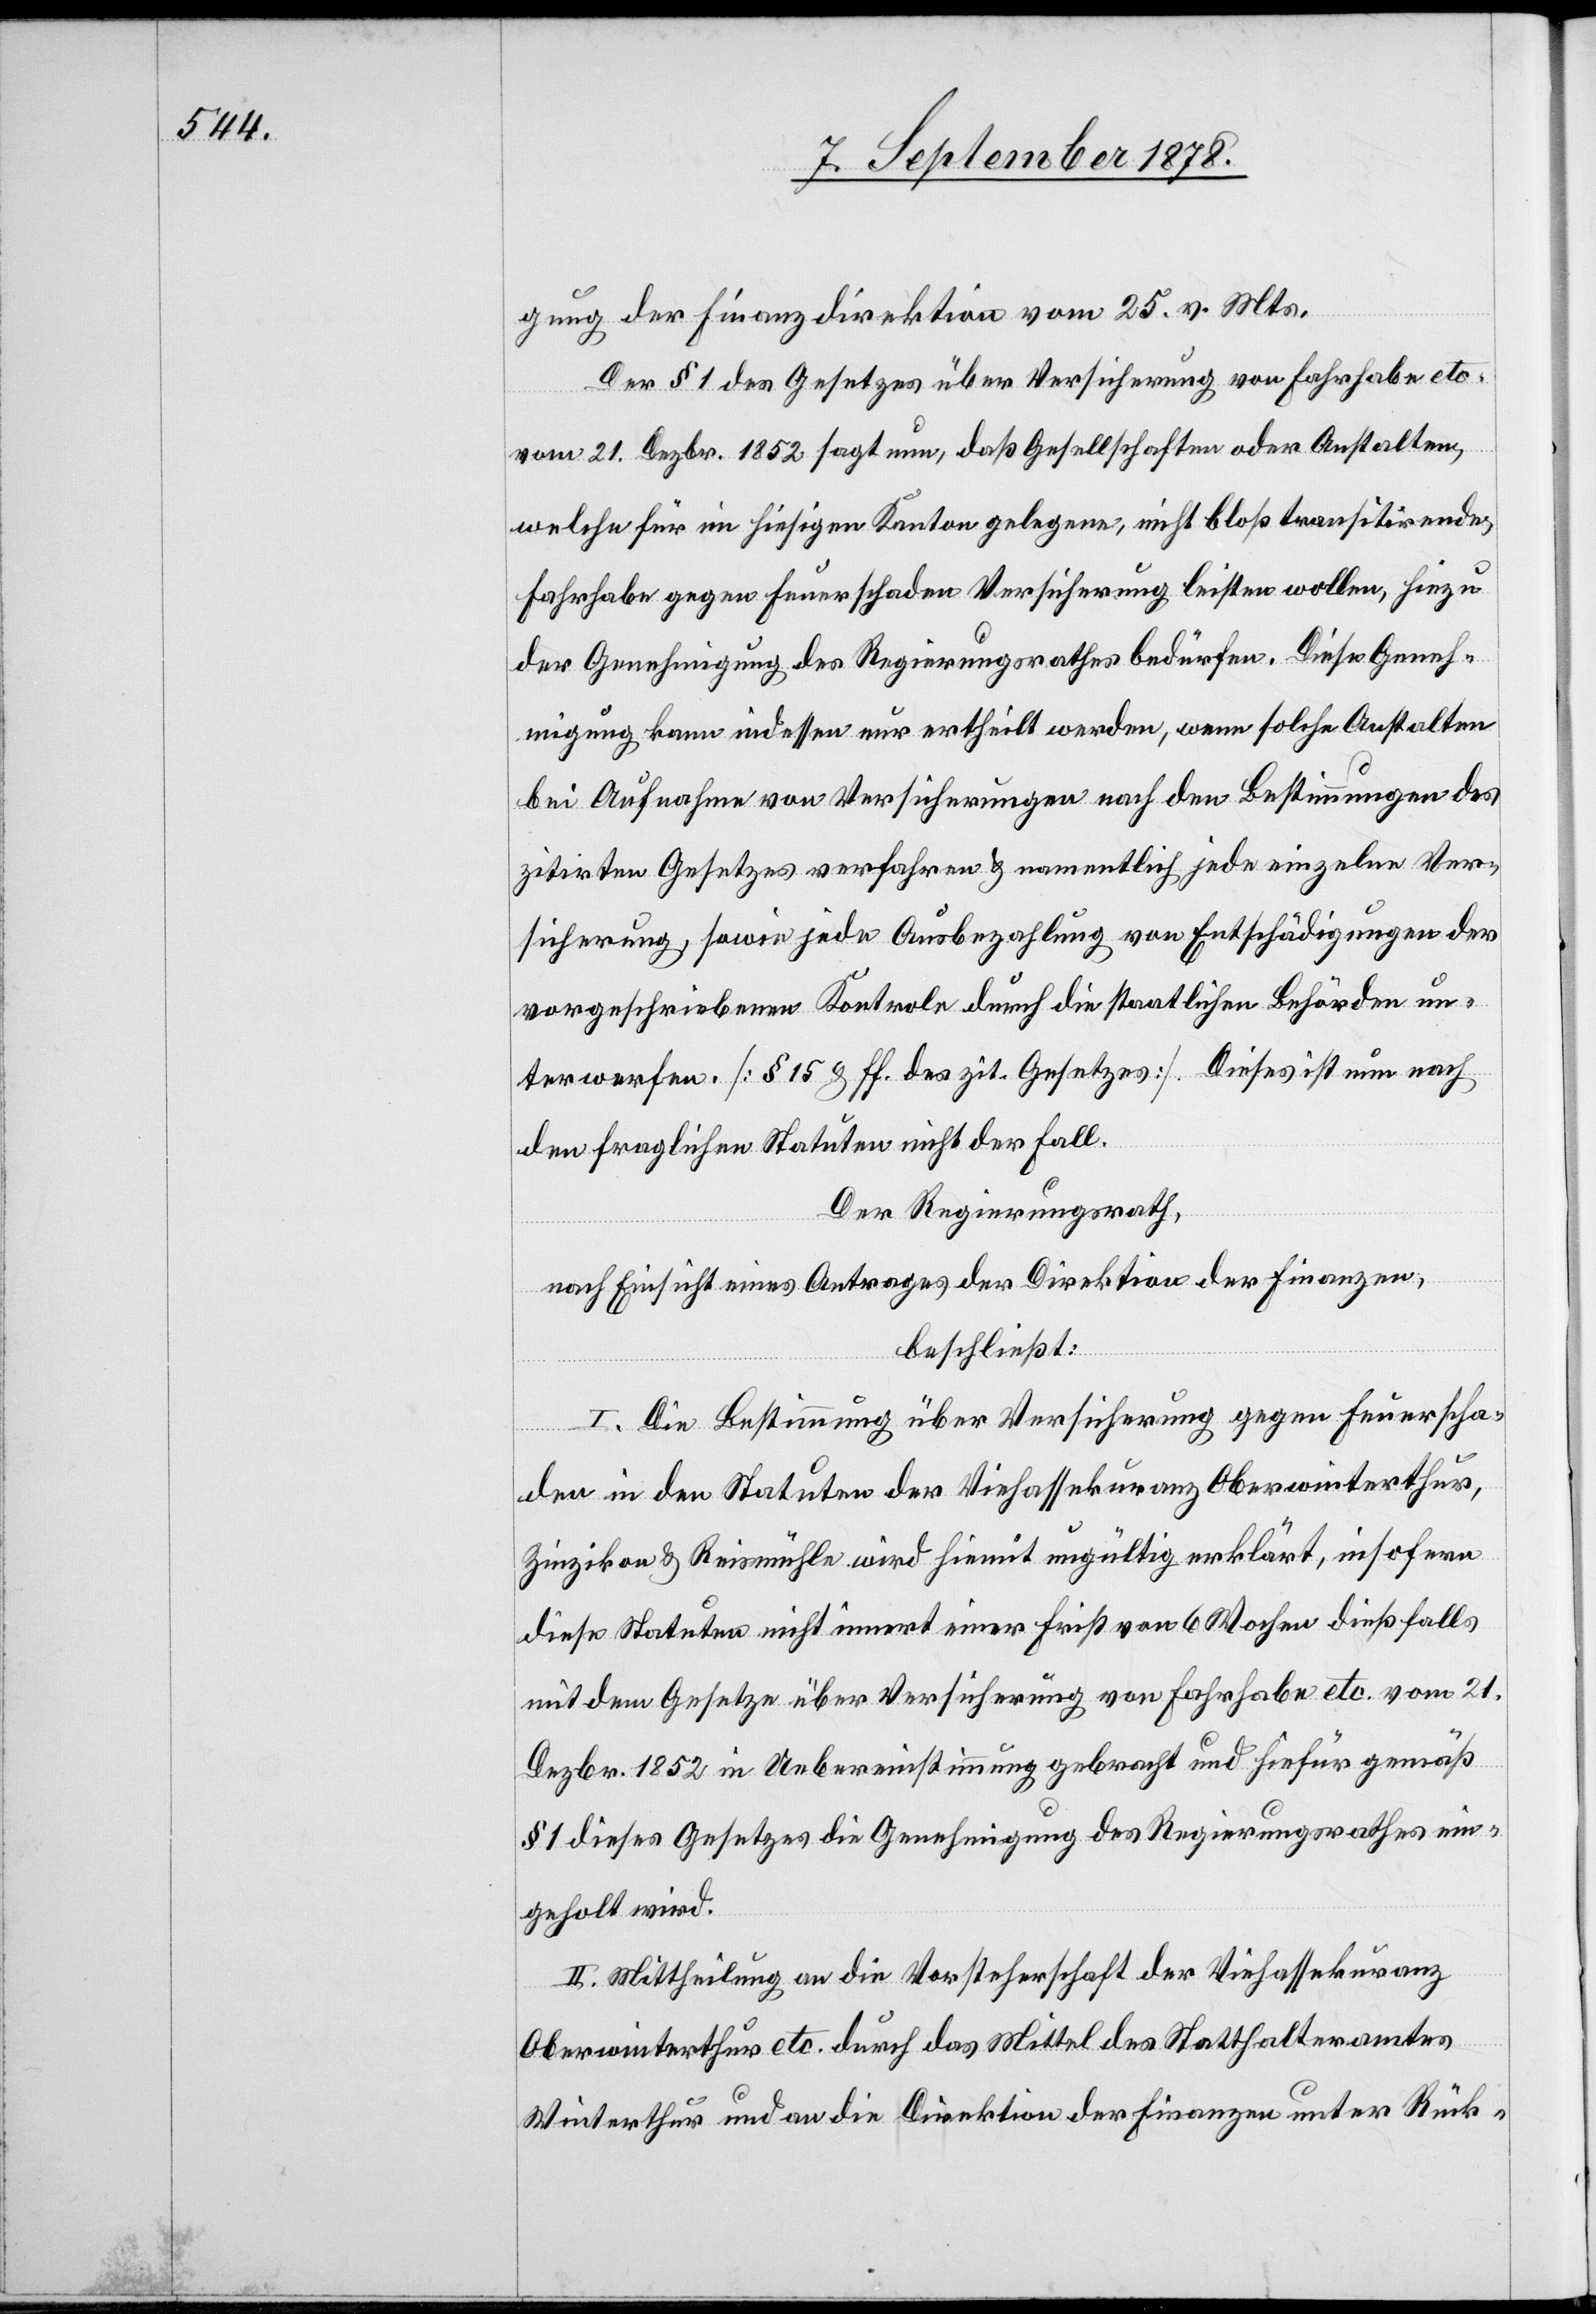
gung der Finanzdirektion vom 25. v. Mts.
Der § 1 des Gesetzes über Versicherung von Fahrhabe etc.
vom 21. Dezbr. 1852 sagt nun, daß Gesellschaften oder Anstalten,
welche für im hiesigen Kanton gelegene, nicht bloß transitirende
Fahrhabe gegen Feuerschaden Versicherung leisten wollen, hiezu
der Genehmigung des Regierungsrathes bedürfen. Diese Geneh¬
migung kann indessen nur ertheilt werden, wenn solche Anstalten
bei Aufnahme von Versicherungen nach den Bestimmungen des
zitirten Gesetzes verfahren & namentlich jede einzelne Ver¬
sicherung, sowie jede Ausbezahlung von Entschädigungen der
vorgeschriebenen Kontrole durch die staatlichen Behörden un¬
terwerfen. [§ 15 & ff. des zit. Gesetzes]. Dieses ist nun nach
den fraglichen Statuten nicht der Fall.
Der Regierungsrath,
nach Einsicht eines Antrages der Direktion der Finanzen,
beschließt:
I. Die Bestimmung über Versicherung gegen Feuerscha¬
den in den Statuten der Viehassekuranz Oberwinterthur,
Zinzikon & Reismühle wird hiemit ungültig erklärt, insofern
diese Statuten nicht innert einer Frist von 6 Wochen dießfalls
mit dem Gesetze über Versicherung von Fahrhabe etc. vom 21.
Dezbr. 1852 in Uebereinstimmung gebracht und hiefür gemäß
§ 1 dieses Gesetzes die Genehmigung des Regierungsrathes ein¬
geholt wird.
II. Mittheilung an die Vorsteherschaft der Viehassekuranz
Oberwinterthur etc. durch das Mittel des Statthalteramtes
Winterthur und an die Direktion der Finanzen unter Rück-